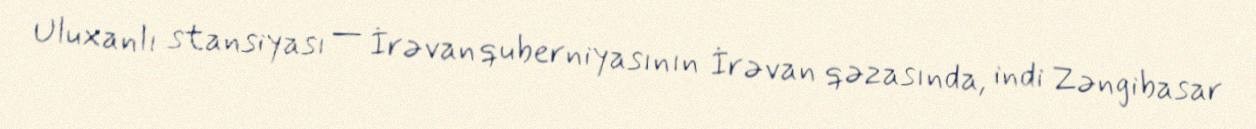
Uluxanlı stansiyası — İrəvan quberniyasının İrəvan qəzasında, indi Zəngibasar